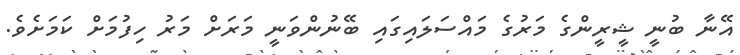
އޭނާ ބުނީ ޝީރީންގެ މަރުގެ މައްސަލައިގައި ބޭނުންވަނީ މަރަށް މަރު ހިފުމަށް ކަމަށެވެ.